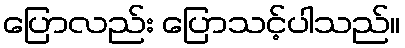
ပြောလည်း ပြောသင့်ပါသည်။